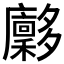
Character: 𪥀